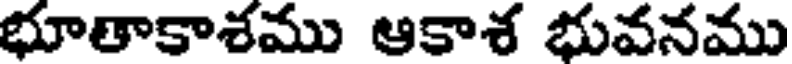
భూతాకాశము ఆకాశ భువనము